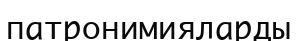
патронимияларды